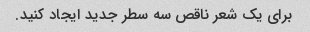
برای یک شعر ناقص سه سطر جدید ایجاد کنید.